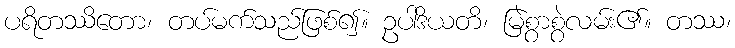
ပရိတဿိတော၊ တပ်မက်သည်ဖြစ်၍။ ဥပါဒိယတိ၊ မြဲစွာစွဲလမ်း၏။ တဿ၊